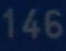
146